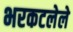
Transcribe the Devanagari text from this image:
भरकटलेले